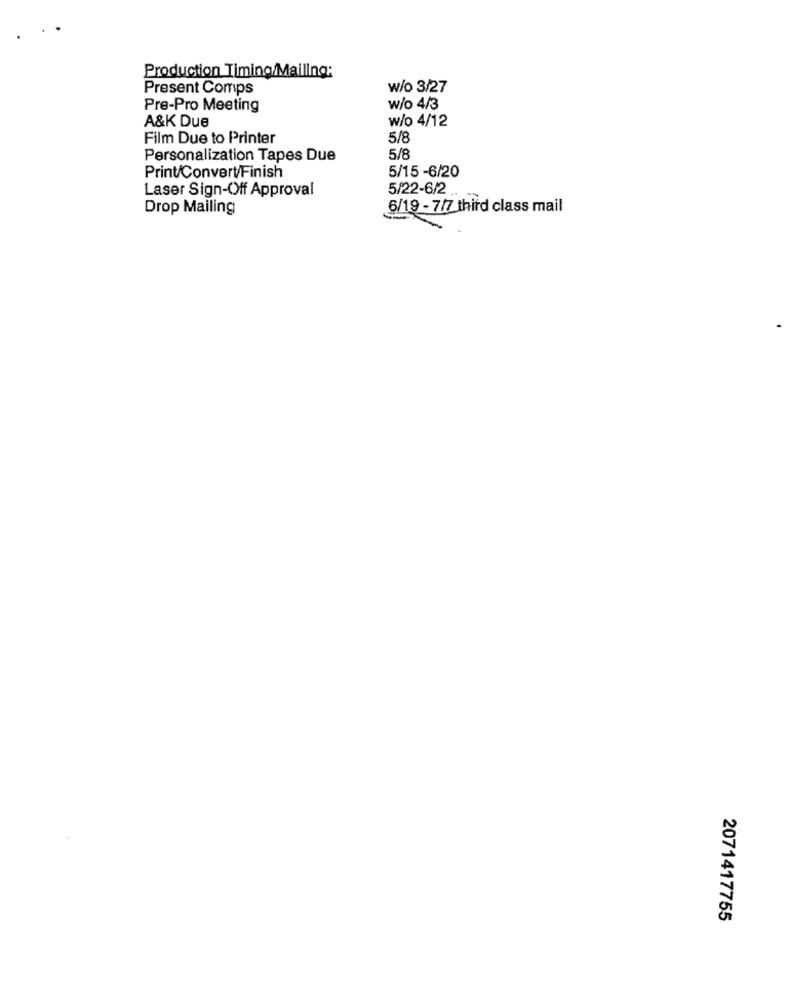
Production Timing/Mailing:
Present Comps
w/o 3/27
Pre-Pro Meeting
w/o 4/3
A&K Due
w/o 4/12
Film Due to Printer
5/8
Personalization Tapes Due
5/8
Print/Convert/Finish
5/15 -6/20
Laser Sign-Off Approval
5/22-6/2 ..
Drop Mailing
6/19 - 7/7 third class mail
2071417755